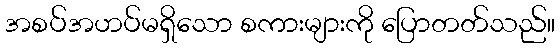
အစပ်အဟပ်မရှိသော စကားများကို ပြောတတ်သည်။